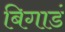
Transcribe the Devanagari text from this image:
बिगाडं